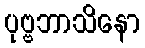
ပုဗ္ဗဘာသိနော